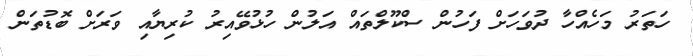
ހަތަރު މަހެއްހާ ދުވަހަށް ފަހުން ސްކޫލްތައް އަލުން ހުޅުވޭއިރު ކުރިޔާއި ވަރަށް ބޮޑުތަން